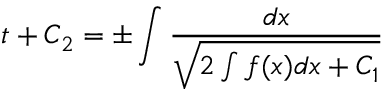
t + C _ { 2 } = \pm \int { \frac { d x } { \sqrt { 2 \int f ( x ) d x + C _ { 1 } } } }